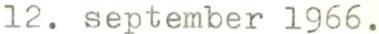
12. september 1966.